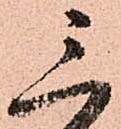
三